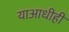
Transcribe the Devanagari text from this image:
याआधीही